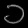
Digit: ၁